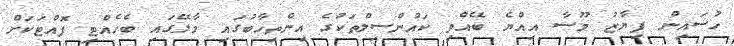
ހުސައިން ފިޔާޒު މޫސާ އިއްޔެ ބޭއްވި ކައުންސިލްތަކުގެ އިންތިހާބުގައި މާލޭގައި ބެހެއްޓި ފޮއްޓަކަށް